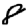
Digit: 8